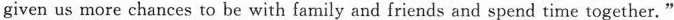
given us more chances to be with farnily and friends and spend time together."